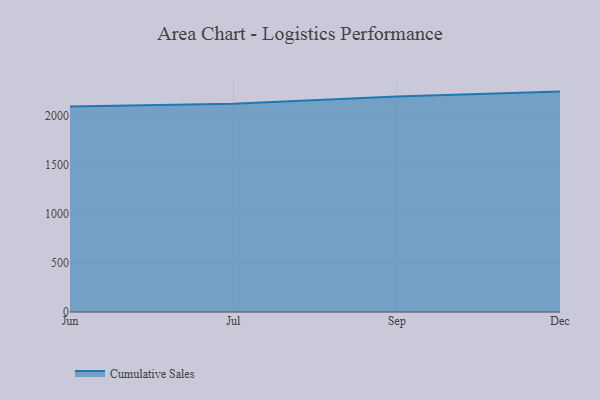
{"axis": {"x": "Month", "y": "Demand Index"}, "legend": ["Cumulative Sales"], "data": [{"x": "Jun", "y": 2098.2, "type": "Cumulative Sales"}, {"x": "Jul", "y": 2128.3, "type": "Cumulative Sales"}, {"x": "Sep", "y": 2200.4, "type": "Cumulative Sales"}, {"x": "Dec", "y": 2251.2, "type": "Cumulative Sales"}]}